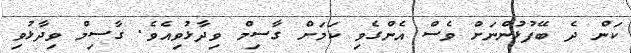
ކަން ދެ ބޭފުޅުންނަށް ވެސް އެންގެވި ކަމަށް ގާސިމް ވިދާޅުވިއެވެ. ގާސިމް ވިދާޅުވި